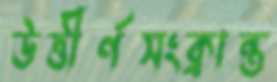
উত্তীর্ণসংক্রান্ত